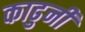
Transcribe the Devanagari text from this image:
काढुनी